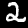
Digit: 2